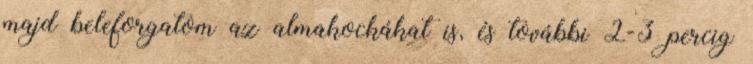
majd beleforgatom az almakockákat is, és további 2-3 percig